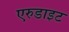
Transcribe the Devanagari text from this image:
एरुडाइट